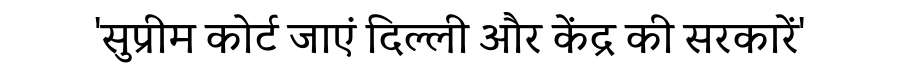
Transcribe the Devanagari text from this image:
'सुप्रीम कोर्ट जाएं दिल्ली और केंद्र की सरकारें'